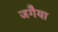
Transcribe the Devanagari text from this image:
जगैया